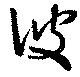
彼